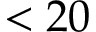
< 2 0